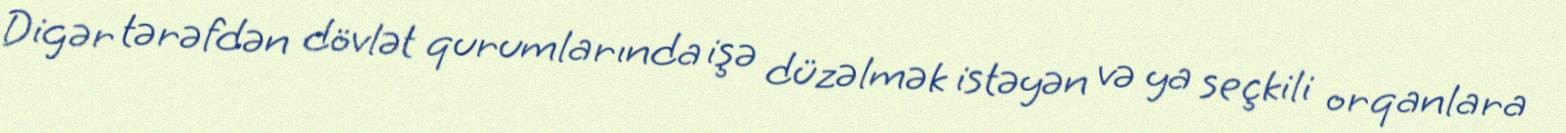
Digər tərəfdən dövlət qurumlarında işə düzəlmək istəyən və ya seçkili orqanlara